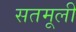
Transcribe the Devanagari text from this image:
सतमूली